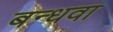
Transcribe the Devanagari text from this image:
बन्धवा